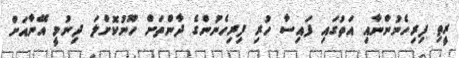
ރީތި ފިރިހެނުންނާއި އަތުގައި ފައިސާ ހުރި ފިރިހެނުންގެ ދާންތަށް ހޫނުކޮށްލަ ދިނުމީ އޭނާއަށް